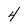
Character: 4